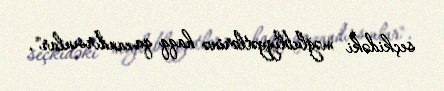
seçkidəki məğlubliyyətlərinə haqq qazandırsınlar".